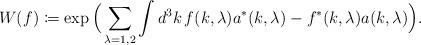
LaTeX: \begin{align*}W(f) \coloneqq \exp \Big( \sum_{\lambda=1,2} \int d^3k \, f(k,\lambda) a^*(k,\lambda) - f^*(k,\lambda) a(k,\lambda) \Big).\end{align*}